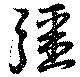
彊